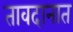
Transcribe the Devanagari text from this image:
तावदानात